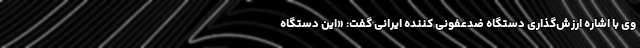
وی با اشاره ارزش‌گذاری دستگاه ضدعفونی کننده ایرانی گفت: «این دستگاه